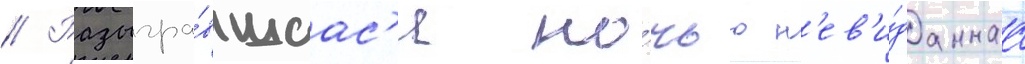
// Разыгра́вшаас'я но́чью н'ев'и́даннаа